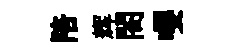
陪辉閤嚶